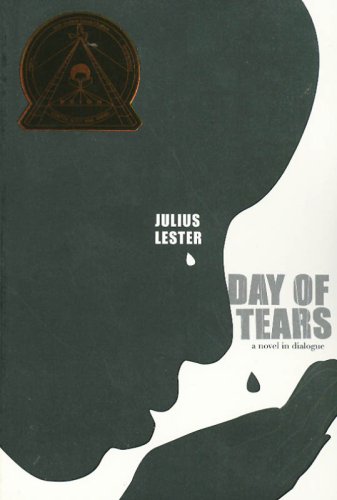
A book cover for Day of Tears; Julius Lester; Teen & Young Adult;